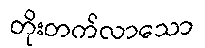
တိုးတက်လာသော